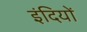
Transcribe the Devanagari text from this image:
इंदियों